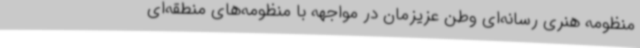
منظومه هنری رسانه‌ای وطن عزیزمان در مواجهه با منظومه‌های منطقه‌ای